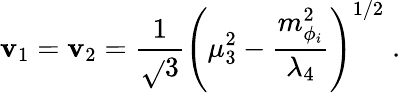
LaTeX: \mathbf{v}_{1}=\mathbf{v}_{2}=\frac{{1}}{{\sqrt{}{{3}}}}\left(\mu_{3}^{2}-\frac{{m_{\phi_{i}}^{2}}}{{\lambda_{4}}}\right)^{1/2}\; .